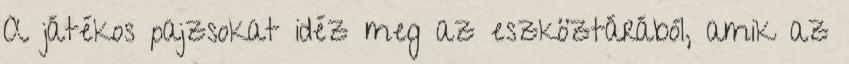
A játékos pajzsokat idéz meg az eszköztárából, amik az